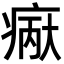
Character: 𪽲